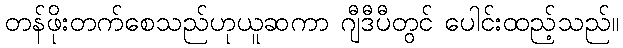
တန်ဖိုးတက်စေသည်ဟုယူဆကာ ဂျီဒီပီတွင် ပေါင်းထည့်သည်။